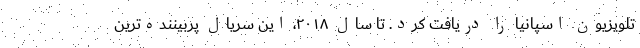
تلویزیون اسپانیا را دریافت کرد. تا سال ۲۰۱۸، این سریال پربیننده‌ترین